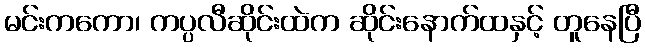
မင်းကကော၊ ကပ္ပလီဆိုင်းထဲက ဆိုင်းနောက်ထနှင့် တူနေပြီ